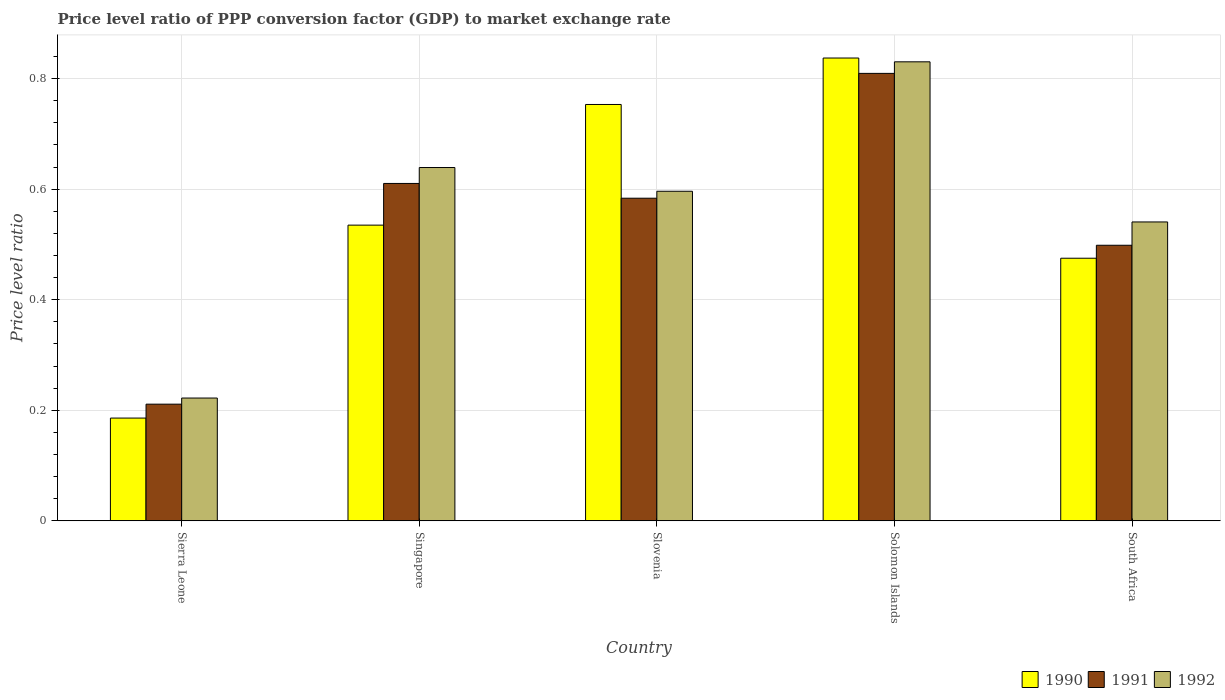
| Country | 1990 | 1991 | 1992 |
 | --- | --- | --- | --- |
 | Sierra Leone | 0.186 | 0.211 | 0.222 |
 | Singapore | 0.535 | 0.61 | 0.639 |
 | Slovenia | 0.753 | 0.584 | 0.596 |
 | Solomon Islands | 0.837 | 0.809 | 0.83 |
 | South Africa | 0.475 | 0.499 | 0.541 |